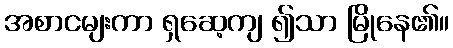
အစာငမျးကာ ရှဆေ့ကျ ၍သာ မြိုနေ၏။